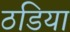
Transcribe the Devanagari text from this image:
ठडिया